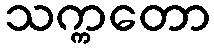
သက္ကတော